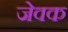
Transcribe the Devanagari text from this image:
जेवक